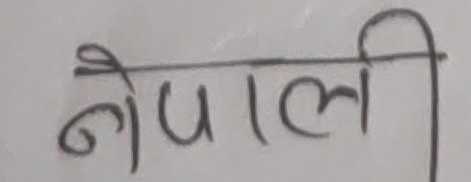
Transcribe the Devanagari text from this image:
नेपाली